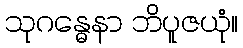
သုဂန္ဓေနာ ဘိပူဇယုံ။